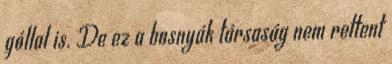
góllal is. De ez a bosnyák társaság nem rettent